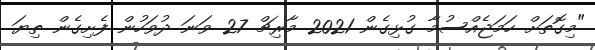
"މިގޮތަށް ހަމަޖެއްސުމާ ގުޅިގެން 2021 މާރިޗް 27 ވަނަ ދުވަހުން ފެށިގެން ތިޔަ